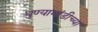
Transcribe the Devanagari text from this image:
धुण्याभांडीच्या